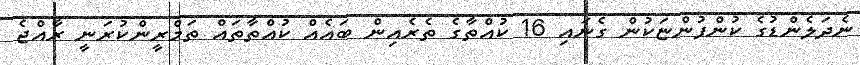
ނެދަލެންޑުގެ ކުންފުންޏަކުން ގެނައި 16 ކުއްތާގެ ތެރެއިން ބައެއް ކުއްތާތައް ތަމްރީންކުރަނީ ރާއްޖެ